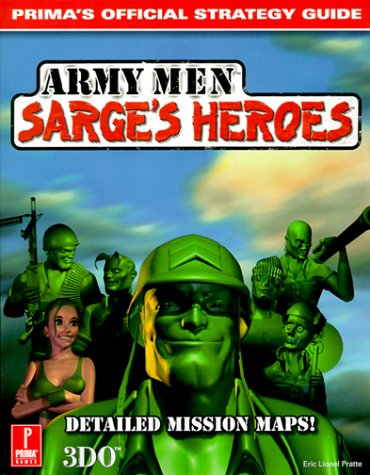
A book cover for Army Men Sarge's Heroes: Prima's Official Strategy Guide; Eric Lionel Pratte; Science Fiction & Fantasy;